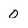
Character: 0